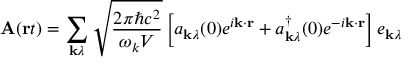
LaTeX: \mathbf { A } ( \mathbf { r } t ) = \sum _ { \mathbf { k } \lambda } { \sqrt { \frac { 2 \pi \hbar c ^ { 2 } } { \omega _ { k } V } } } \left[ a _ { \mathbf { k } \lambda } ( 0 ) e ^ { i \mathbf { k } \cdot \mathbf { r } } + a _ { \mathbf { k } \lambda } ^ { \dagger } ( 0 ) e ^ { - i \mathbf { k } \cdot \mathbf { r } } \right] e _ { \mathbf { k } \lambda }